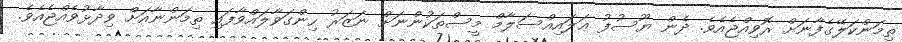
ތިމަންކަލޭގެފާނަށް ރޮވިއްޖެއެވެ. ދެން ޔޫސުފު ޢަލައިއްސަލާމް މީސްތަކުންނަށް ނަޒަރު ހިންގަވާލައްވާފައި ތިމަންނާއަށް ވިދާޅުވެއްޖެއެވެ.